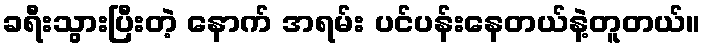
ခရီးသွားပြီးတဲ့ နောက် အရမ်း ပင်ပန်းနေတယ်နဲ့တူတယ်။